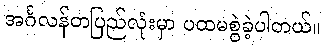
အင်္ဂလန်တပြည်လုံးမှာ ပထမစွဲခဲ့ပါတယ်။